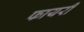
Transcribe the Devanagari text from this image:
फायरी